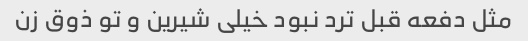
مثل دفعه قبل ترد نبود خیلی شیرین و تو ذوق زن